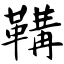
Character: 鞲